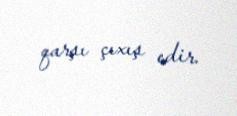
qarşı çıxış edir.